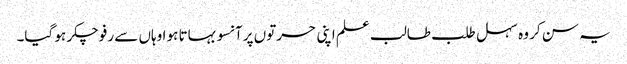
یہ سن کر وہ سہل طلب طالب علم اپنی حسرتوں پر آنسو بہاتا ہو ا وہاں سے رفو چکر ہو گیا۔